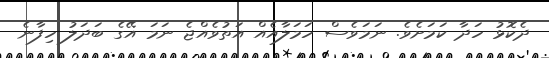
ދެކޮޅު ހަދާ ކަމަށެވެ. ނަމަވެސް ހަމަލާއެއް އަތުވެއްޖެ ނަމަ އޭގެ ބަދަލު ހިފާނެ